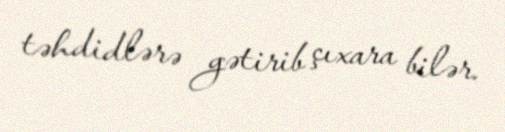
təhdidlərə gətirib çıxara bilər.